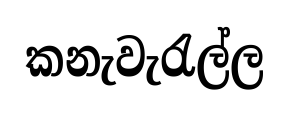
කනැවැරැල්ල